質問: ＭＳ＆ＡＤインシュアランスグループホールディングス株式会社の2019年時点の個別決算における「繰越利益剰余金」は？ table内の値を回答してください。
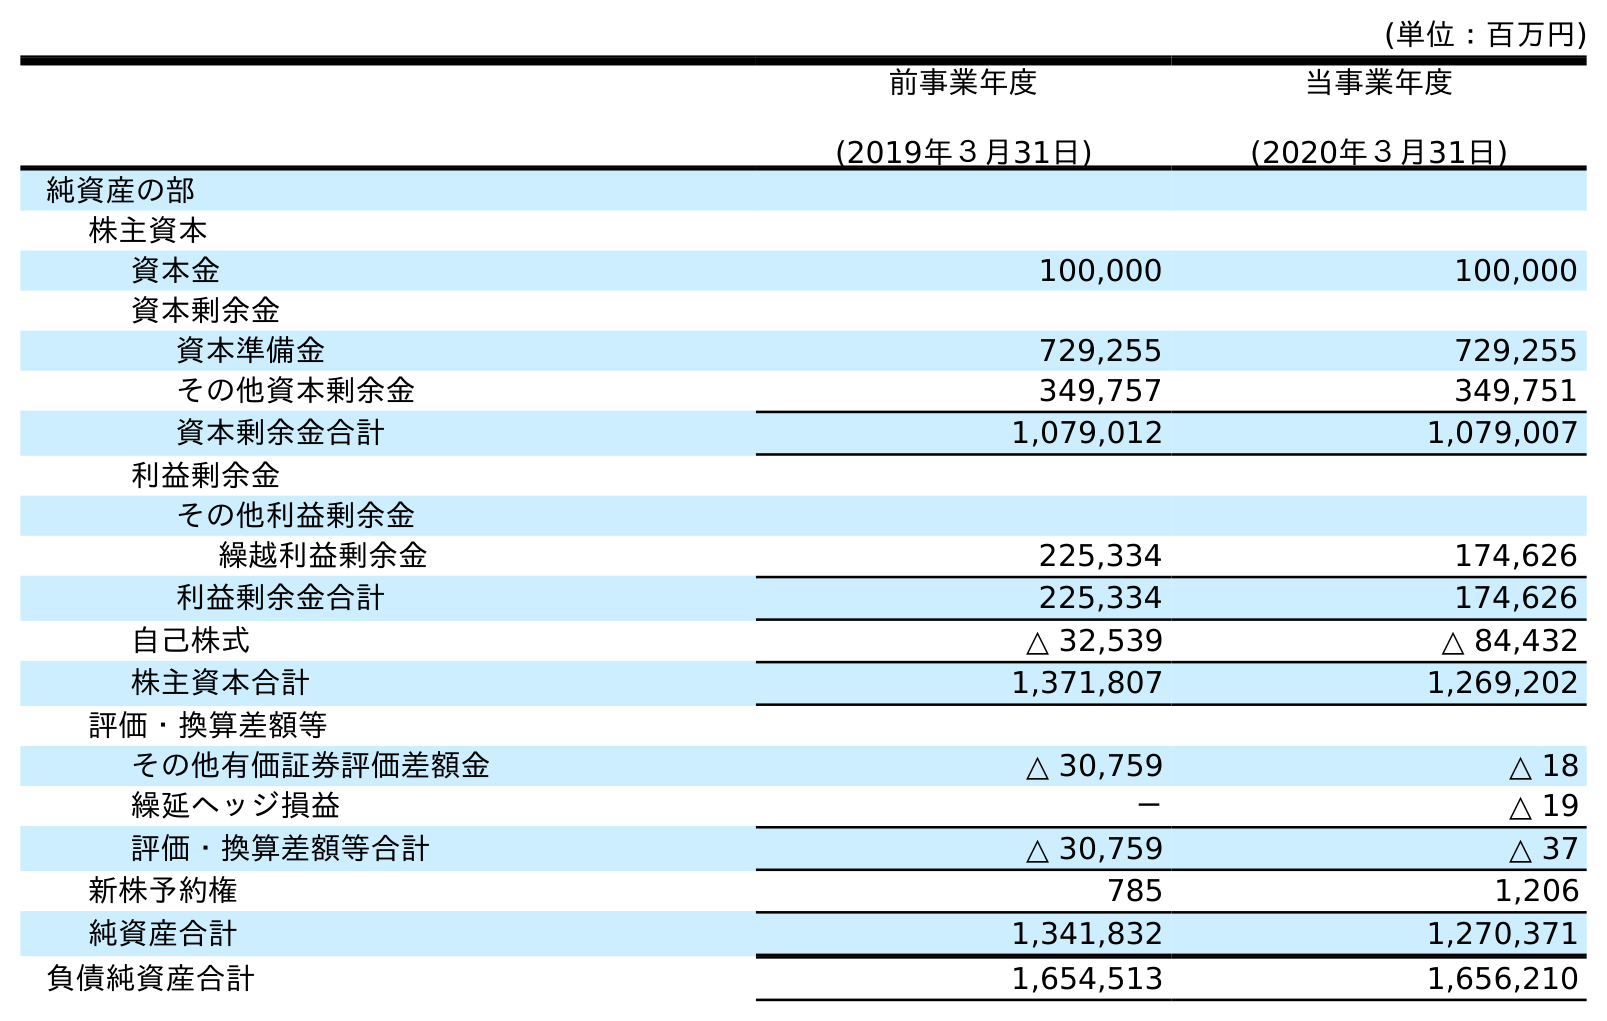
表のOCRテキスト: (単位：百万円) 前事業年度 (2019年３月31日) 当事業年度 (2020年３月31日) 純資産の部 株主資本 資本金 100,000 100,000 資本剰余金 資本準備金 729,255 729,255 その他資本剰余金 349,757 349,751 資本剰余金合計 1,079,012 1,079,007 利益剰余金 その他利益剰余金 繰越利益剰余金 225,334 174,626 利益剰余金合計 225,334 174,626 自己株式 △ 32,539 △ 84,432 株主資本合計 1,371,807 1,269,202 評価・換算差額等 その他有価証券評価差額金 △ 30,759 △ 18 繰延ヘッジ損益 － △ 19 評価・換算差額等合計 △ 30,759 △ 37 新株予約権 785 1,206 純資産合計 1,341,832 1,270,371 負債純資産合計 1,654,513 1,656,210
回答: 225,334